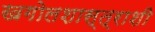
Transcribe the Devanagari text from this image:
खगोलशास्त्राशी